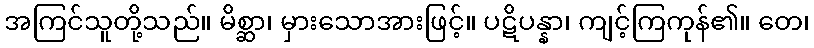
အကြင်သူတို့သည်။ မိစ္ဆာ၊ မှားသောအားဖြင့်။ ပဋိပန္နာ၊ ကျင့်ကြကုန်၏။ တေ၊